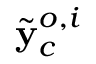
\tilde { \mathbf { y } } _ { c } ^ { o , i }